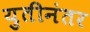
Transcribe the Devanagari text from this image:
युतीनंतर